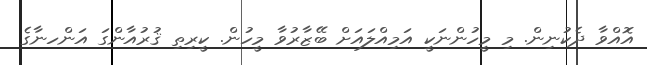
އޮއްވާ ދެކުނިން. މި މީހުންނަކީ އަމިއްލައަށް ބޭޒާރުވާ މީހުން. ކީރިތި ޤުރުއާންގަ އަންހނާގެ